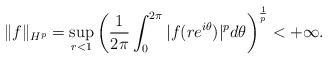
LaTeX: \begin{align*}\|f\|_{H^p}=\sup_{r<1}\left(\frac1{2\pi}\int_{0}^{2\pi}|f(re^{i\theta})|^pd\theta\right)^\frac1p<+\infty.\end{align*}